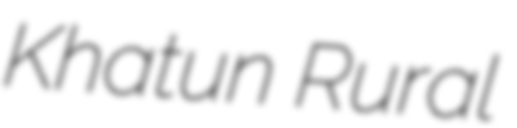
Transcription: Khatun Rural